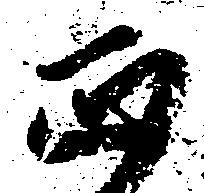
正